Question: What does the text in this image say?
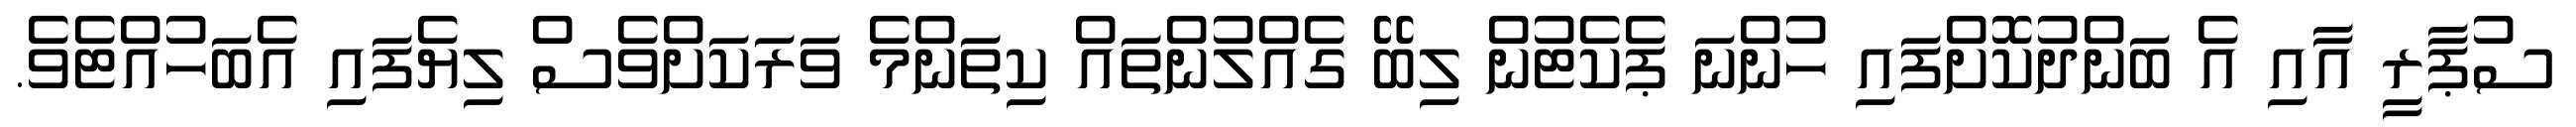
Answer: ސުޕާރީ އާއި އެ ބަންދުކޮށްފައި ހުންނަ ޕެކެޓުން ލިބޭ ގެއްލުންތައް ކިތަންމެ ވަރަކަށްވެސް ލިޔެފައި އެބަހުއްޓެވެ.